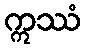
ဣဿံ